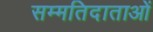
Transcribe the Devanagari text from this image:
सम्मतिदाताओं